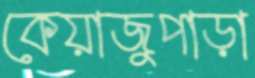
কেয়াজুপাড়া